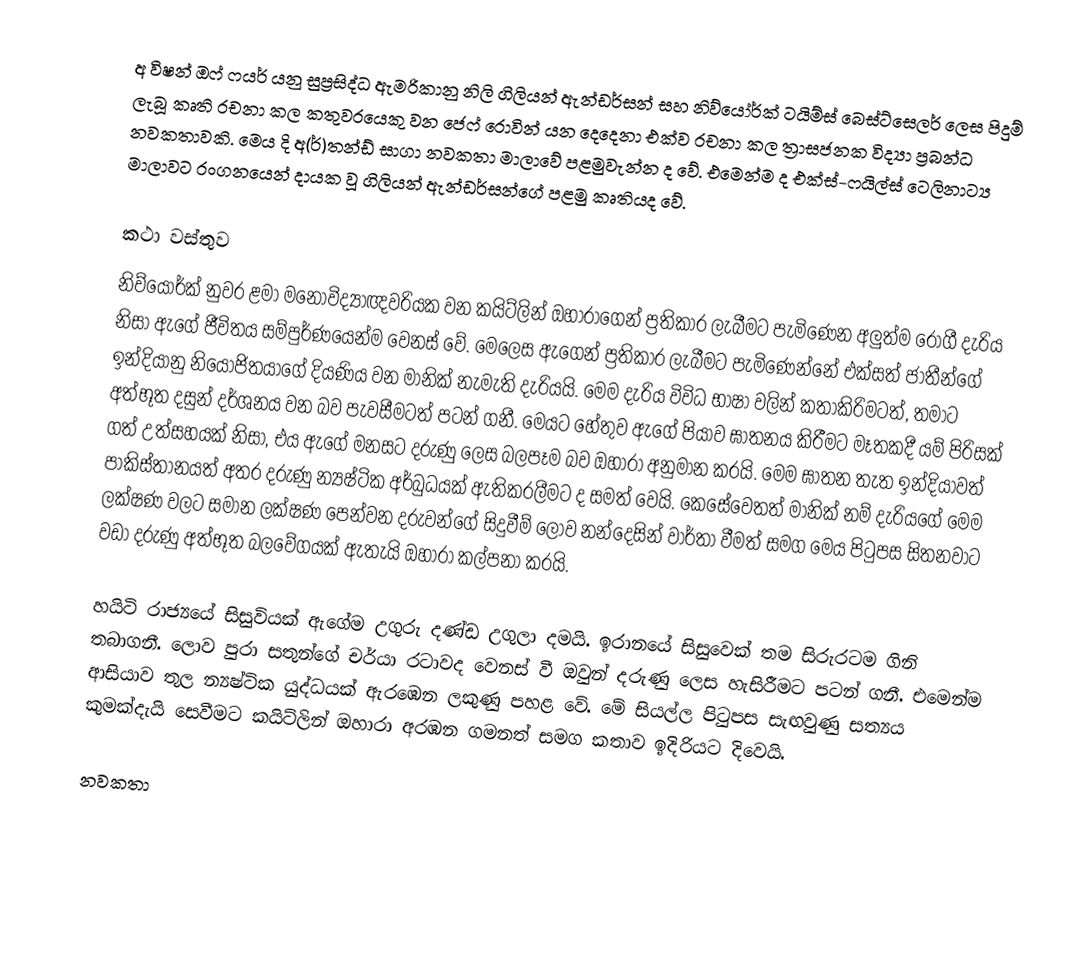
අ විෂන් ඔෆ් ෆයර් යනු සුප්‍රසිද්ධ ඇමරිකානු නිලි ගිලියන් ඇන්ඩර්සන් සහ නිව්යෝර්ක් ටයිම්ස් බෙස්ට්සෙලර් ලෙස පිදුම් ලැබූ කෘති රචනා කල කතුවරයෙකු වන ජෙෆ් රොවින් යන දෙදෙනා එක්ව රචනා කල  ත්‍රාසජනක විද්‍යා ප්‍රබන්ධ නවකතාවකි. මෙය දි අ(ර්)තන්ඩ් සාගා නවකතා මාලාවේ පළමුවැන්න ද වේ. එමෙන්ම ද එක්ස්-ෆයිල්ස් ටෙලිනාට්‍ය මාලාවට රංගනයෙන් දායක වූ ගිලියන් ඇන්ඩර්සන්ගේ පළමු කෘතියද වේ.

කථා වස්තුව
නිව්යෝර්ක් නුවර ළමා මනෝවිද්‍යාඥවරියක වන කයිට්ලින් ﻿ඔහාරාගෙන් ප්‍රතිකාර ලැබීමට පැමිණෙන අලුත්ම රෝගී දැරිය නිසා ඇගේ ජීවිතය සම්පුර්ණයෙන්ම වෙනස් වේ. මෙලෙස ඇගෙන් ප්‍රතිකාර ලැබීමට පැමිණෙන්නේ එක්සත් ජාතීන්ගේ ඉන්දියානු නියෝජිතයාගේ දියණිය වන මානික් නැමැති දැරියයි. මෙම දැරිය විවිධ භාෂා වලින් කතාකිරිමටත්, තමාට අත්භූත දසුන් දර්ශනය වන බව පැවසීමටත් පටන් ගනී. මෙයට හේතුව ඇගේ පියාව ඝාතනය කිරීමට මෑතකදී යම් පිරිසක් ගත් උත්සහයක් නිසා, එය ඇගේ මනසට දරුණු ලෙස බලපෑම බව ඔහාරා අනුමාන කරයි. මෙම ඝාතන තැත ඉන්දියාවත් පාකිස්තානයත් අතර දරුණු න්‍යෂ්ටික අර්බුධයක් ඇතිකරලීමට ද සමත් වෙයි. කෙසේවෙතත් මානික් නම් දැරියගේ මෙම ලක්ෂණ වලට සමාන ලක්ෂණ පෙන්වන දරුවන්ගේ සිදුවීම් ලොව නන්දෙසින් වාර්තා වීමත් සමග මෙය පිටුපස සිතනවාට වඩා දරුණු අත්භූත බලවේගයක් ඇතැයි ඔහාරා කල්පනා කරයි.

හයිටි රාජ්‍යයේ සිසුවියක් ඇගේම උගුරු දණ්ඩ උගුලා දමයි. ඉරානයේ සිසුවෙක් තම සිරුරටම ගිනි තබාගනී. ලොව පුරා සතුන්ගේ චර්යා රටාවද වෙනස් වී ඔවුන් දරුණු ලෙස හැසිරීමට පටන් ගනී. එමෙන්ම ආසියාව තුල න්‍යෂ්ටික යුද්ධයක් ඇරඹෙන ලකුණු පහළ වේ. මේ සියල්ල පිටුපස සැඟවුණු සත්‍යය කුමක්දැයි සෙවීමට කයිට්ලින් ﻿ඔහාරා අරඹන ගමනත් සමග කතාව ඉදිරියට දිවෙයි.

නවකතා